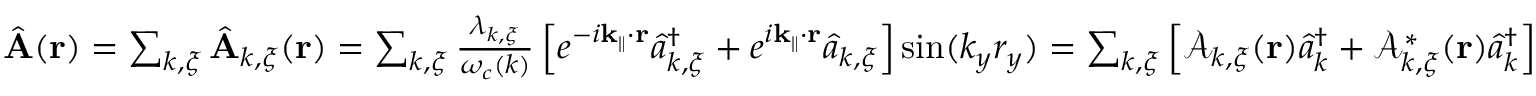
\begin{array} { r l } & { \hat { \bf A } ( { \bf r } ) = \sum _ { { \boldsymbol k } , { \boldsymbol \xi } } \hat { \bf A } _ { { \boldsymbol k } , { \boldsymbol \xi } } ( { \bf r } ) = \sum _ { { \boldsymbol k } , { \boldsymbol \xi } } \frac { { \boldsymbol \lambda } _ { { \boldsymbol k } , { \boldsymbol \xi } } } { \omega _ { c } ( { \boldsymbol k } ) } \left[ e ^ { - i { \bf k _ { \parallel } } \cdot { \bf r } } \hat { a } _ { { \boldsymbol k } , { \boldsymbol \xi } } ^ { \dagger } + e ^ { i { \bf k _ { \parallel } } \cdot { \bf r } } \hat { a } _ { { \boldsymbol k } , { \boldsymbol \xi } } \right] \sin ( { k _ { y } } { r _ { y } } ) = \sum _ { { \boldsymbol k } , { \boldsymbol \xi } } \Big [ \mathcal { A } _ { { \boldsymbol k } , { \boldsymbol \xi } } ( { \bf r } ) \hat { a } _ { { \boldsymbol k } } ^ { \dagger } + \mathcal { A } _ { { \boldsymbol k } , { \boldsymbol \xi } } ^ { * } ( { \bf r } ) \hat { a } _ { { \boldsymbol k } } ^ { \dagger } \Big ] } \end{array}